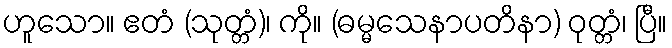
ဟူသော။ ဧတံ (သုတ္တံ)၊ ကို။ (ဓမ္မသေနာပတိနာ) ဝုတ္တံ၊ ပြီ။